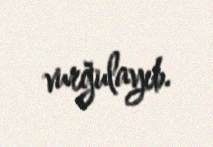
vurğulayıb.